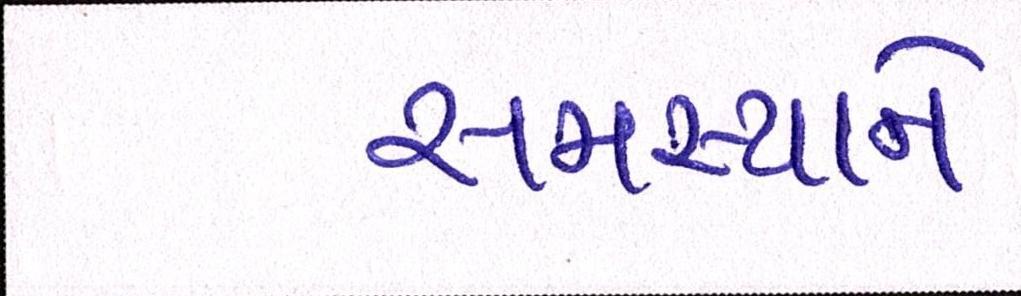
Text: સમસ્યાને